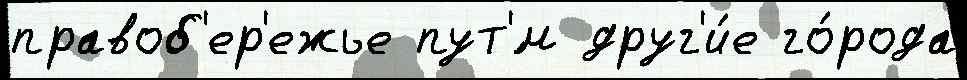
правоб'ер'ежье пут'́м друг'и́е го́рода